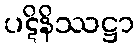
ပဋိနိဿဋ္ဌာ